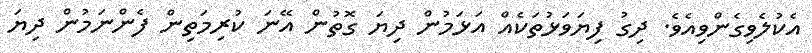
އެކުލެވިގެންވިއެވެ. ދިގު ފިޔަވަޅުތަކެއް އަޅަމުން ދިޔަ ގޮތުން އޭނަ ކުރިމަތިން ފެންނަމުން ދިޔަ